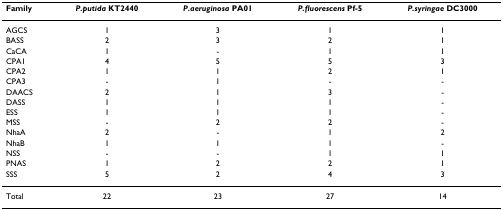
<table><thead><tr><td><b>Family</b></td><td><b><i>P.putida </i>KT2440</b></td><td><b><i>P.aeruginosa </i>PA01</b></td><td><b><i>P.fluorescens </i>Pf-5</b></td><td><b><i>P.syringae </i>DC3000</b></td></tr></thead><tbody><tr><td>AGCS</td><td>1</td><td>3</td><td>1</td><td>1</td></tr><tr><td>BASS</td><td>2</td><td>3</td><td>2</td><td>1</td></tr><tr><td>CaCA</td><td>1</td><td>-</td><td>1</td><td>1</td></tr><tr><td>CPA1</td><td>4</td><td>5</td><td>5</td><td>3</td></tr><tr><td>CPA2</td><td>1</td><td>1</td><td>2</td><td>1</td></tr><tr><td>CPA3</td><td>-</td><td>1</td><td>-</td><td>-</td></tr><tr><td>DAACS</td><td>2</td><td>1</td><td>3</td><td>-</td></tr><tr><td>DASS</td><td>1</td><td>1</td><td>1</td><td>-</td></tr><tr><td>ESS</td><td>1</td><td>1</td><td>1</td><td>-</td></tr><tr><td>MSS</td><td>-</td><td>2</td><td>2</td><td>-</td></tr><tr><td>NhaA</td><td>2</td><td>-</td><td>1</td><td>2</td></tr><tr><td>NhaB</td><td>1</td><td>1</td><td>1</td><td>-</td></tr><tr><td>NSS</td><td>-</td><td>-</td><td>1</td><td>1</td></tr><tr><td>PNAS</td><td>1</td><td>2</td><td>2</td><td>1</td></tr><tr><td>SSS</td><td>5</td><td>2</td><td>4</td><td>3</td></tr><tr><td>Total</td><td>22</td><td>23</td><td>27</td><td>14</td></tr></tbody></table>